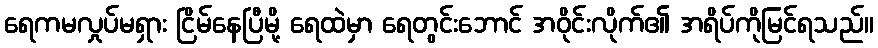
ရေကမလှုပ်မရှား ငြိမ်နေပြီမို့ ရေထဲမှာ ရေတွင်းဘောင် အဝိုင်းလိုက်၏ အရိပ်ကိုမြင်ရသည်။